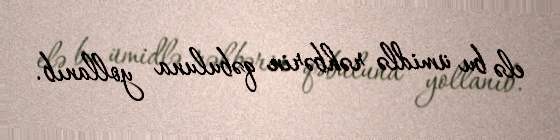
elə bu ümidlə rəhbərin qəbuluna yollanıb.